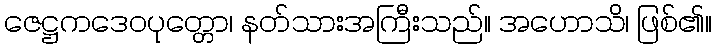
ဇေဋ္ဌကဒေဝပုတ္တော၊ နတ်သားအကြီးသည်။ အဟောသိ၊ ဖြစ်၏။